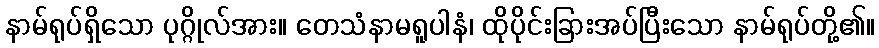
နာမ်ရုပ်ရှိသော ပုဂ္ဂိုလ်အား။ တေသံနာမရူပါနံ၊ ထိုပိုင်းခြားအပ်ပြီးသော နာမ်ရုပ်တို့၏။